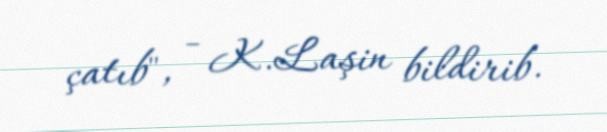
çatıb", - K.Laşin bildirib.